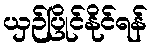
ယှဉ်ပြိုင်နိုင်ရန်